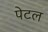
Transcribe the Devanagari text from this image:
पेटल